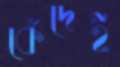
কেঁদেই